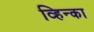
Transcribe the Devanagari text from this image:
व्हिन्का